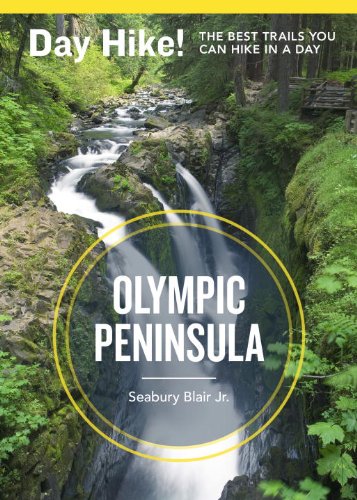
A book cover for Day Hike! Olympic Peninsula, 3rd Edition: The Best Trails You Can Hike in a Day; Seabury Blair Jr.; Travel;